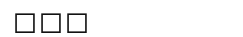
١٨٩